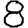
Digit: 8